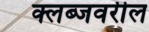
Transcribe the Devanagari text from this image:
क्लब्जवरील